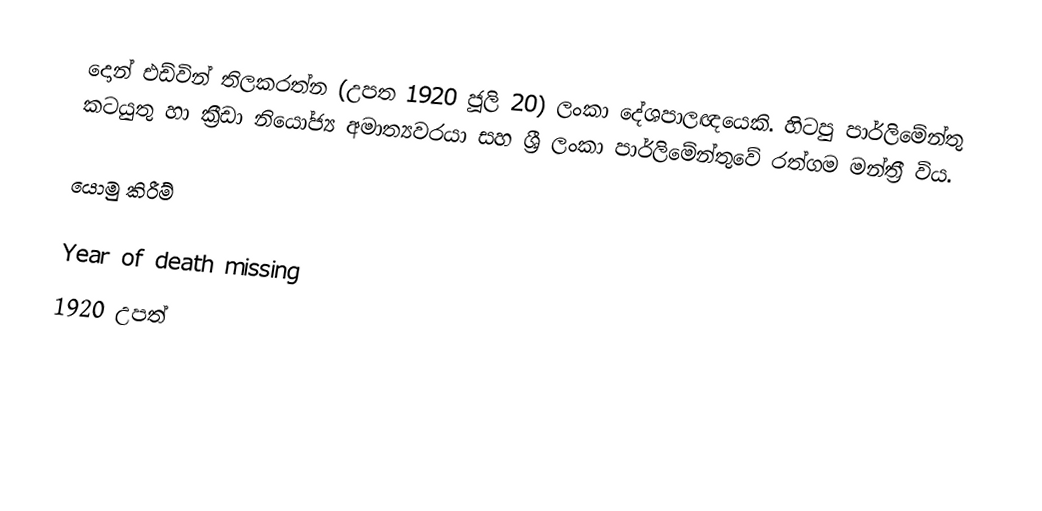
දොන් එඩ්වින් තිලකරත්න (උපත 1920 ජූලි 20) ලංකා දේශපාලඥයෙකි. හිටපු පාර්ලිමේන්තු කටයුතු හා ක්‍රීඩා නියෝජ්‍ය අමාත්‍යවරයා සහ ශ්‍රී ලංකා පාර්ලිමේන්තුවේ රත්ගම මන්ත්‍රී විය.

යොමු කිරීම්

Year of death missing
1920 උපත්